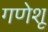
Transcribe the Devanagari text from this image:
गणेशू